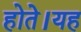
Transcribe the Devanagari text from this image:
होते।यह